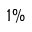
1 \%